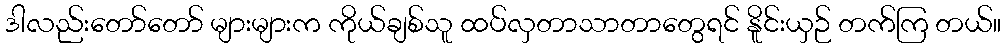
ဒါလည်းတော်တော် များများက ကိုယ်ချစ်သူ ထပ်လှတာသာတာတွေရင် နိူင်းယှဉ် တက်ကြ တယ်။